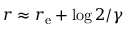
r \approx r _ { \mathrm { e } } + \log 2 / \gamma